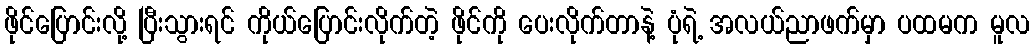
ဖိုင်ပြောင်းလို့ ပြီးသွားရင် ကိုယ်ပြောင်းလိုက်တဲ့ ဖိုင်ကို ပေးလိုက်တာနဲ့ ပုံရဲ့ အလယ်ညာဖက်မှာ ပထမက မူလ